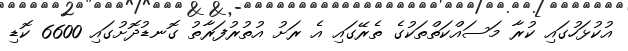
އުކުޅަހުގައި ކުރާ މަސައްކަތްތަކުގެ ތެރޭގައި އެ ރަށު އުތުރުފަރާތު ގޮނޑުދޮށުގައި 6600 ކޮޑި